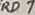
Text: RD7